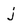
Character: j